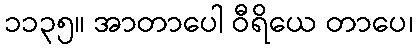
၁၁၃၅။ အာတာပေါ ဝီရိယေ တာပေ၊